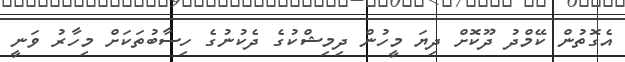
އެގޮތުން ކޭމްދު ދޫކޮށް ދިޔަ މީހުން ދިމިޝްކުގެ ދެކުނުގެ ހިސާބުތަކަށް މިހާރު ވަނީ